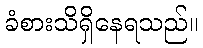
ခံစားသိရှိနေရသည်။